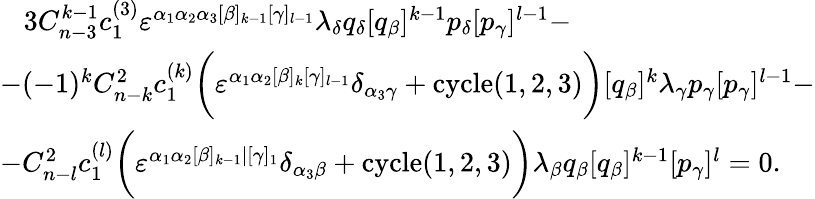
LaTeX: \begin{array}{l}{{\, \, \, \, \, 3C_{n-3}^{k-1}c_{1}^{(3)}\varepsilon^{\alpha_{1}\alpha_{2}\alpha_{3}[\beta]_{k-1}[\gamma]_{l-1}}\lambda_{\delta}q_{\delta}[q_{\beta}]^{k-1}p_{\delta}[p_{\gamma}]^{l-1}-}}\\ {{-(-1)^{k}C_{n-k}^{2}c_{1}^{(k)}\biggl(\varepsilon^{\alpha_{1}\alpha_{2}[\beta]_{k}[\gamma]_{l-1}}\delta_{\alpha_{3}\gamma}+\mathrm{cycle}(1,2,3)\biggr)[q_{\beta}]^{k}\lambda_{\gamma}p_{\gamma}[p_{\gamma}]^{l-1}-}}\\ {{-C_{n-l}^{2}c_{1}^{(l)}\biggl(\varepsilon^{\alpha_{1}\alpha_{2}[\beta]_{k-1}|[\gamma]_{1}}\delta_{\alpha_{3}\beta}+\mathrm{cycle}(1,2,3)\biggr)\lambda_{\beta}q_{\beta}[q_{\beta}]^{k-1}[p_{\gamma}]^{l}=0.}}\end{array}